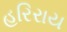
હરિરાય